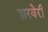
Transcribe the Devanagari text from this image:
झरवेरी